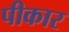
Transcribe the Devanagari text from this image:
पीकार